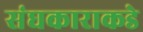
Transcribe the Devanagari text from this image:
संघकाराकडे